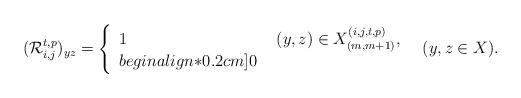
LaTeX: \begin{align*}(\mathcal{R}^{t,p}_{i,j})_{yz}=\left\{\begin{array}{ll} 1 &\ (y,z)\in X^{(i,j,t,p)}_{(m,m+1)},\\begin{align*}0.2cm] 0 & \end{array}\right.\ \ (y,z\in X).\end{align*}